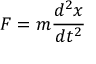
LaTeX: F = m { \frac { d ^ { 2 } x } { d t ^ { 2 } } }